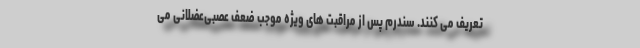
تعریف می کنند. سندرم پس از مراقبت های ویژه موجب ضعف عصبی‌عضلانی می